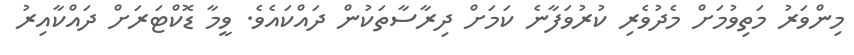
މިންވަރު މަތިވުމަށް މެދުވެރި ކުރުވަފާނެ ކަމަށް ދިރާސާތަކުން ދައްކައެވެ. ވީމާ ޑޮކްޓަރަށް ދައްކާއިރު